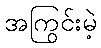
အကြွင်းမဲ့